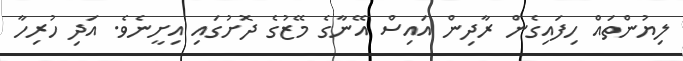
ލިޔުންތައް ހިފައިގެން ރާދިން އައިސް އޭނާގެ މޭޒުގެ ދޮށުގައި އިށީނެވެ. އަދި ހުރިހާ